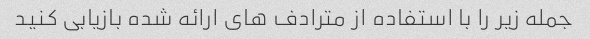
جمله زیر را با استفاده از مترادف های ارائه شده بازیابی کنید